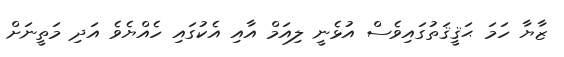
ޒާޔާ ހަމަ ޙަޤީޤަތުގައިވެސް އުޅެނީ ލިއަމް އާއި އެކުގައި ހެއްޔެވެ އަދި މަތީނަށް